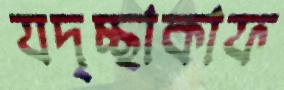
যদৃচ্ছাকাফ